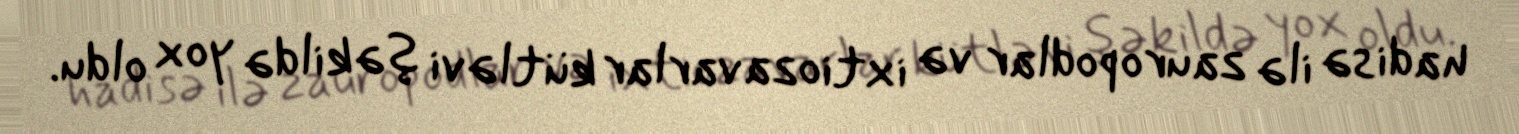
hadisə ilə zauropodlar və ixtiozavarlar kütləvi şəkildə yox oldu.